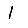
Digit: 1